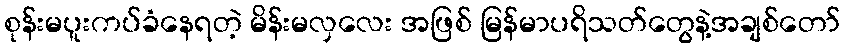
စုန်းမပူးကပ်ခံနေရတဲ့ မိန်းမလှလေး အဖြစ် မြန်မာပရိသတ်တွေနဲ့အချစ်တော်